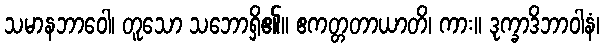
သမာနဘာဝေါ၊ တူသော သဘောရှိ၏။ ဧကတ္တတာယာတိ၊ ကား။ ဒုက္ခာဒိဘာဝါနံ၊